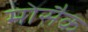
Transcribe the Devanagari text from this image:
मोसैक